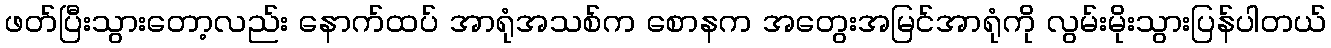
ဖတ်ပြီးသွားတော့လည်း နောက်ထပ် အာရုံအသစ်က စောနက အတွေးအမြင်အာရုံကို လွမ်းမိုးသွားပြန်ပါတယ်